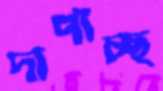
দাপাচ্ছ